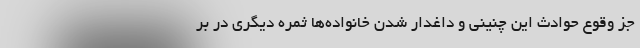
جز وقوع حوادث این چنینی و داغدار شدن خانواده‌ها ثمره دیگری در بر